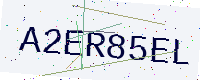
Text: A2ER85EL